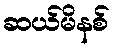
ဆယ်မိနစ်